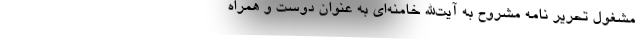
مشغول تحریر نامه مشروح به آیت‌الله خامنه‌ای به عنوان دوست و همراه